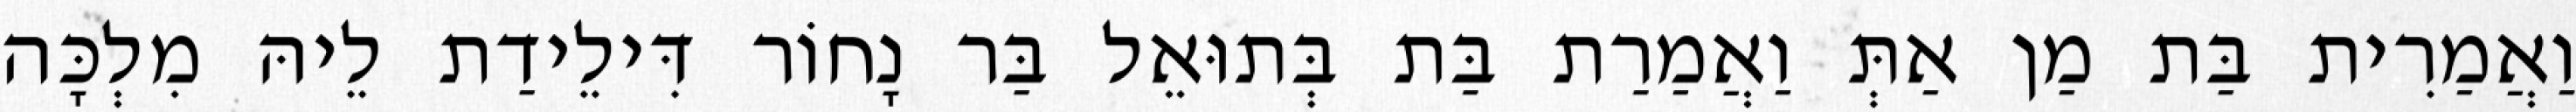
וַאֲמַרִית בַּת מַן אַתְּ וַאֲמַרַת בַּת בְּתוּאֵל בַּר נָחוֹר דִּילֵידַת לֵיהּ מִלְכָּה